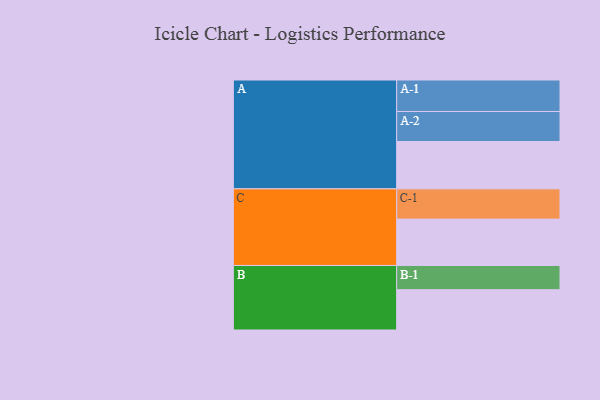
{"axis": {"x": "Segment", "y": "Value"}, "legend": ["", "A", "B", "C"], "data": [{"x": "A", "y": 423, "type": ""}, {"x": "B", "y": 360, "type": ""}, {"x": "C", "y": 414, "type": ""}, {"x": "A-1", "y": 281, "type": "A"}, {"x": "A-2", "y": 268, "type": "A"}, {"x": "B-1", "y": 216, "type": "B"}, {"x": "C-1", "y": 270, "type": "C"}]}